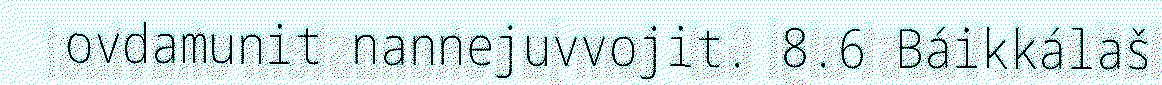
ovdamunit nannejuvvojit. 8.6 Báikkálaš